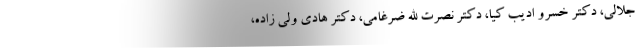
جلالی، دکتر خسرو ادیب کیا، دکتر نصرت الله ضرغامی، دکتر هادی ولی زاده،